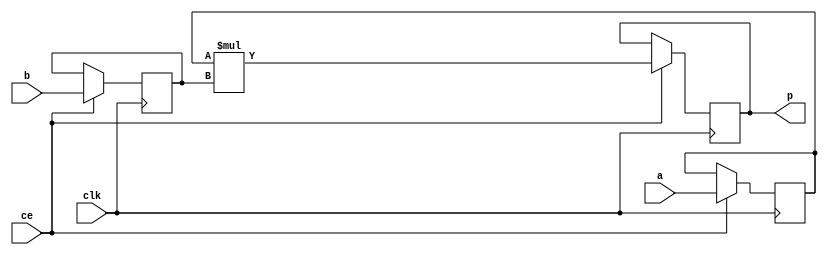
module image_filter_mul_8ns_24ns_31_3_MulnS_0(clk, ce, a, b, p);
input clk;
input ce;
input[8 - 1 : 0] a; 
input[24 - 1 : 0] b; 
output[31 - 1 : 0] p;
reg [8 - 1 : 0] a_reg0;
reg [24 - 1 : 0] b_reg0;
wire [31 - 1 : 0] tmp_product;
reg [31 - 1 : 0] buff0;
assign p = buff0;
assign tmp_product = a_reg0 * b_reg0;
always @ (posedge clk) begin
    if (ce) begin
        a_reg0 <= a;
        b_reg0 <= b;
        buff0 <= tmp_product;
    end
end
endmodule